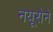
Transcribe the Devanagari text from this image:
नयूरोने